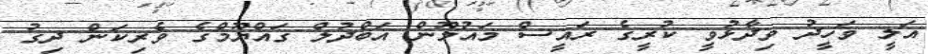
އަލީ ވަހީދު ވިދާޅުވީ ކުރީގެ ރައީސް މައުމޫން އަބްދުލް ގައްޔޫމްގެ ވެރިކަން ދިގު